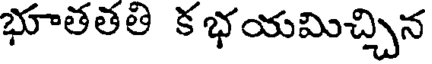
భూతతతి క భయమిచ్చిన